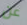
عن